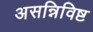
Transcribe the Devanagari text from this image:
असन्निविष्ट